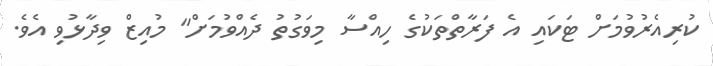
ކުރިއެރުވުމަށް ޓަކައި އެ ފަރާތްތަކުގެ ހިއްސާ މިވަގުތު ދެއްވުމަށް" މުއިޒް ވިދާޅުވި އެވެ.